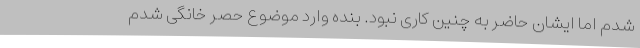
شدم اما ایشان حاضر به چنین کاری نبود. بنده وارد موضوع حصر خانگی شدم